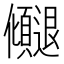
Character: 𫤓